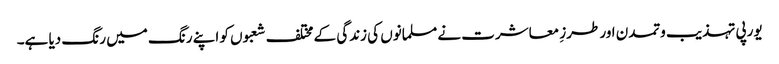
یورپی تہذیب وتمدن اور طرزِ معاشرت نے مسلمانوں کی زندگی کے مختلف شعبوں کو اپنے رنگ میں رنگ دیا ہے۔